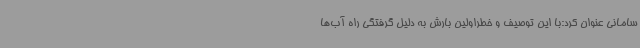
سامانی عنوان کرد:با این توصیف و خطراولین بارش به دلیل گرفتگی راه آب‌ها